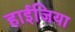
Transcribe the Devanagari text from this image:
हाईजिया